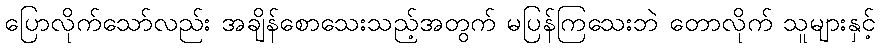
ပြောလိုက်သော်လည်း အချိန်စောသေးသည့်အတွက် မပြန်ကြသေးဘဲ တောလိုက် သူများနှင့်